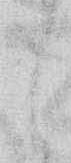
し